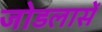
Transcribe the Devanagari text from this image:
जोडलासें